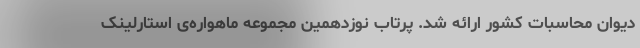
دیوان محاسبات کشور ارائه شد. پرتاب نوزدهمین مجموعه ماهواره‌ی استارلینک